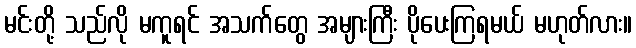
မင်းတို့ သည်လို မကူရင် အသက်တွေ အများကြီး ပိုပေးကြရမယ် မဟုတ်လား။